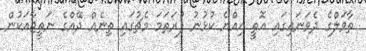
ތާވަލްގެ ދެވަނައިގައި އޮތީ އިއްޔެ ކުޅުނު ފުރަތަމަ މެޗުގައި ތިނެއް ދޭއްގެ ނަތީޖާއަކުން